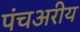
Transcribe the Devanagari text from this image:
पंचअरीय